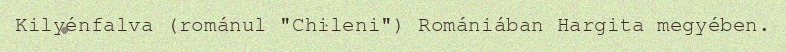
Kilyénfalva (románul "Chileni") Romániában Hargita megyében.